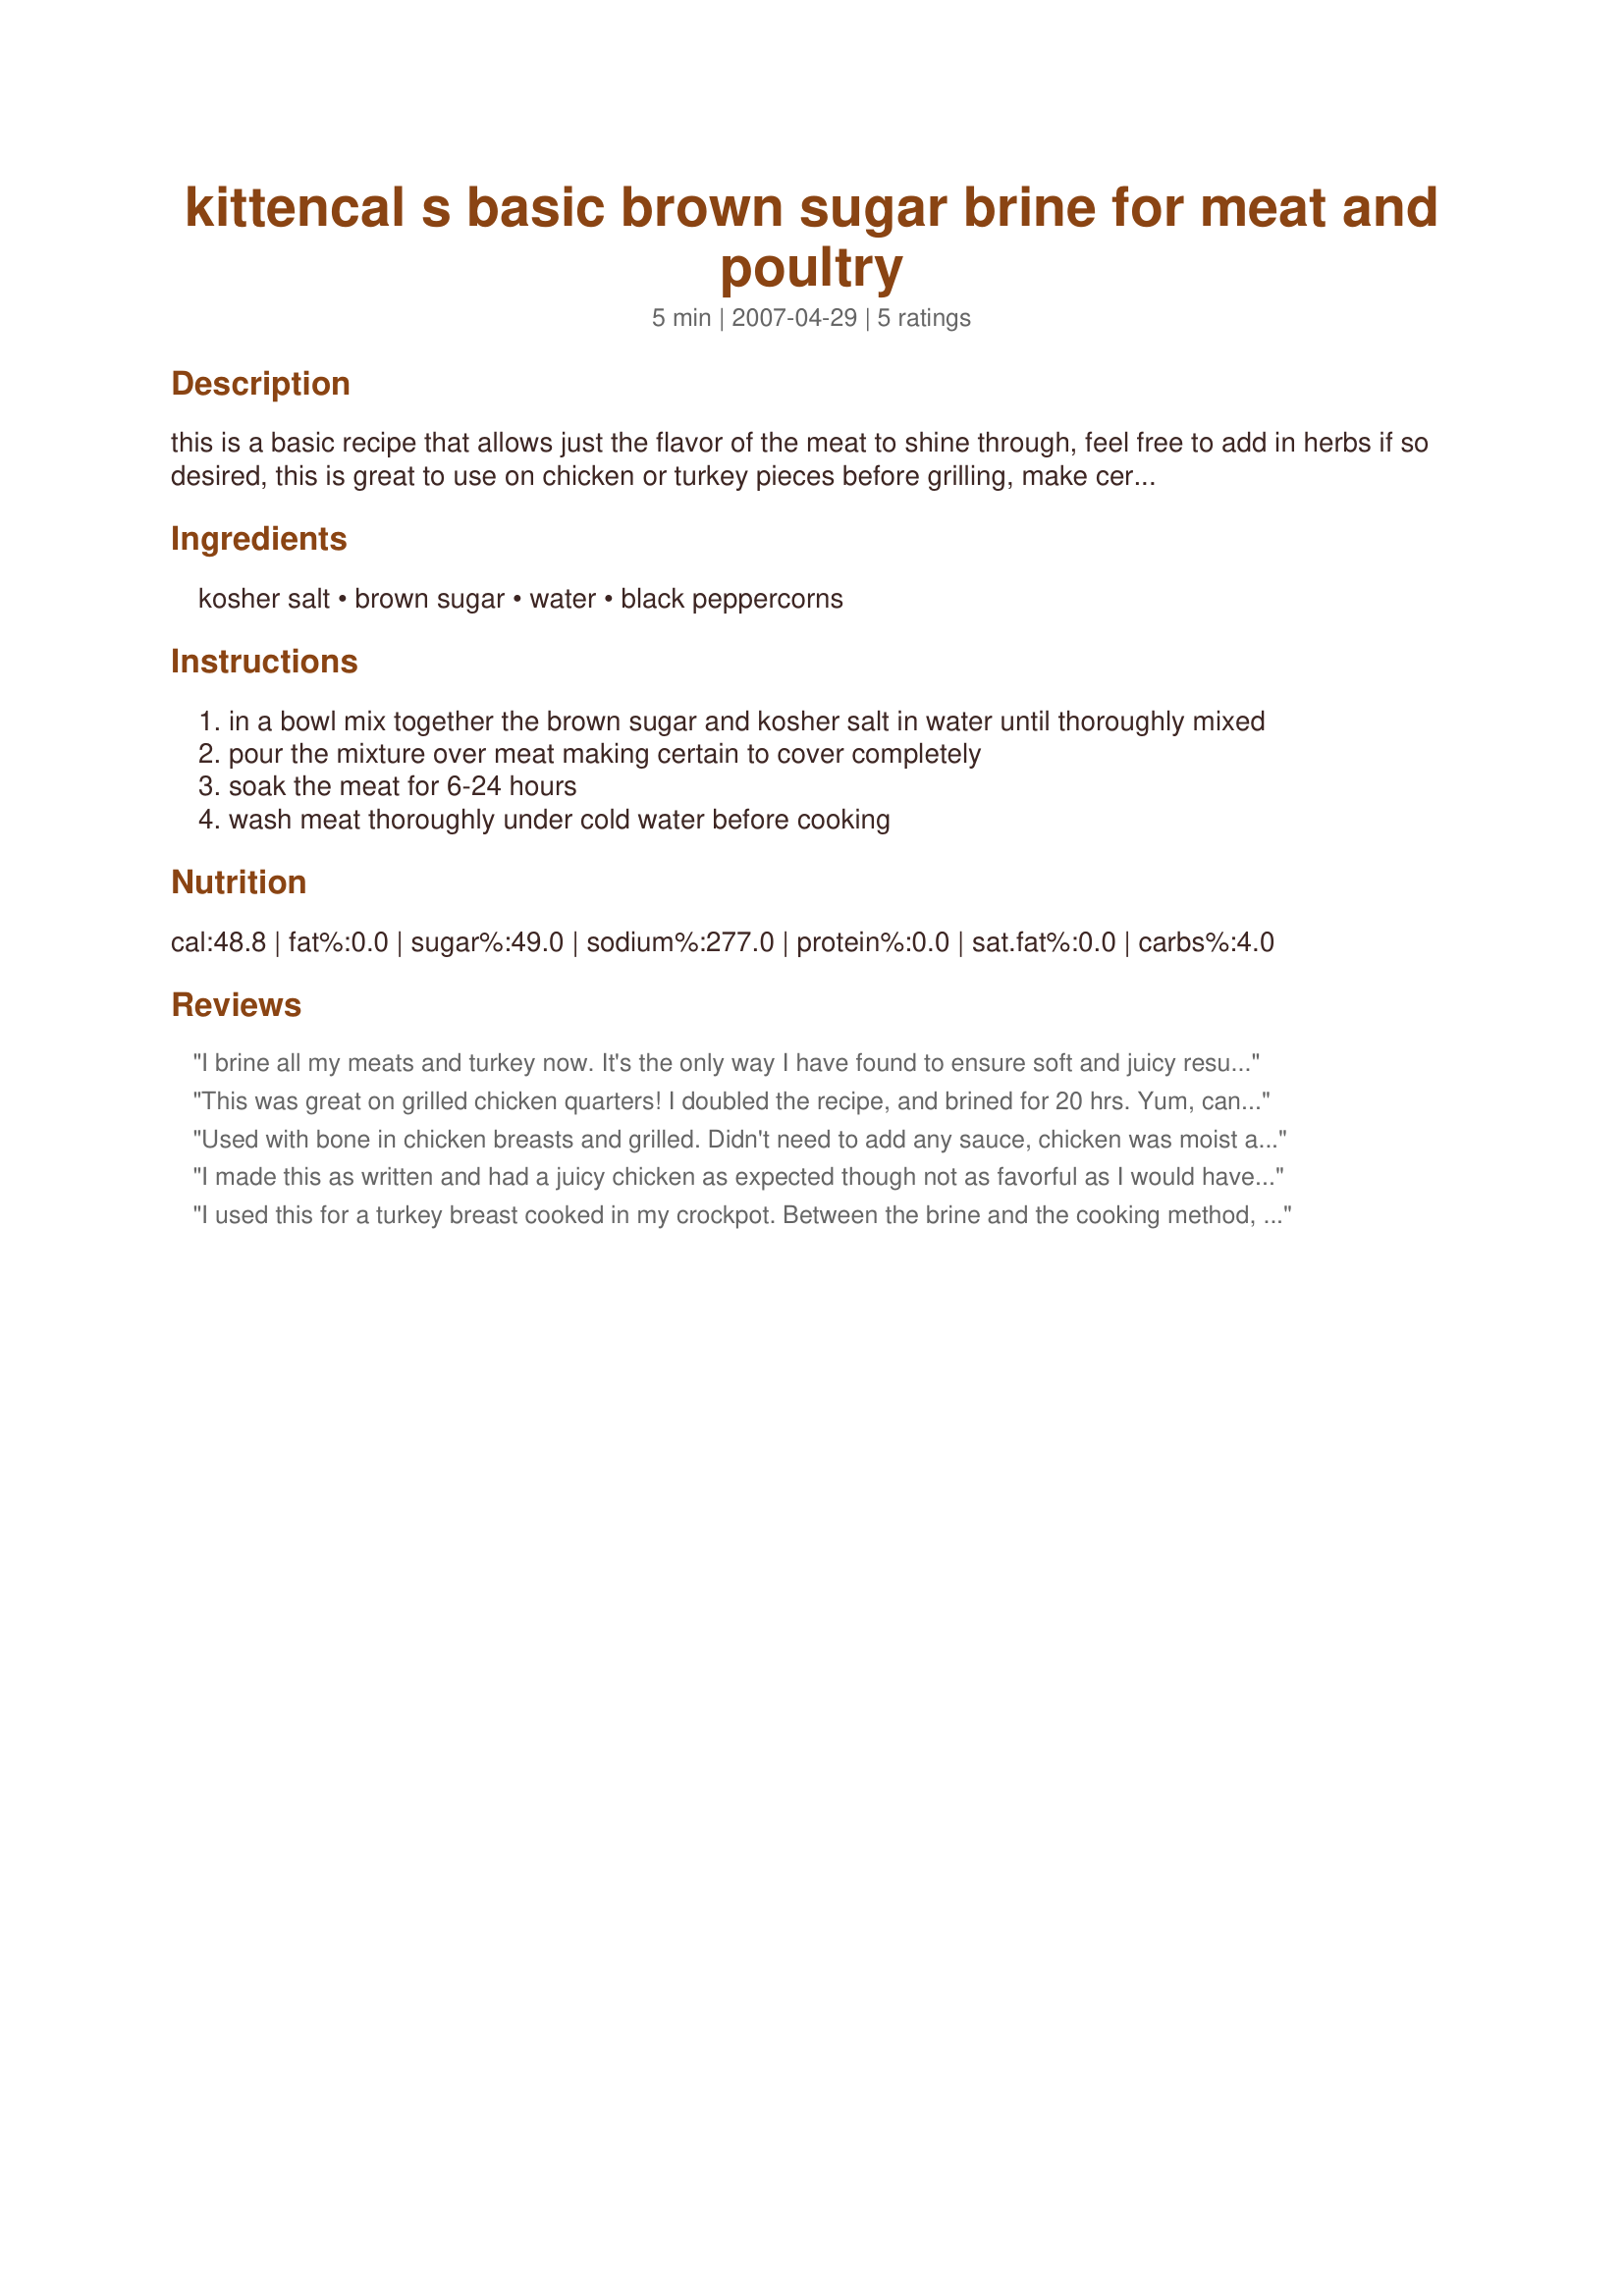
kittencal s basic brown sugar brine for meat and poultry
Preparation time: 5 minutes

this is a basic recipe that allows just the flavor of the meat to shine through, feel free to add in herbs if so desired, this is great to use on chicken or turkey pieces before grilling, make certain that your meat is fully covered in the brine, double or triple the recipe if needed, use kosher salt *only* for this brine

Ingredients:
kosher salt, brown sugar, water, black peppercorns

Steps:
in a bowl mix together the brown sugar and kosher salt in water until thoroughly mixed
pour the mixture over meat making certain to cover completely
soak the meat for 6-24 hours
wash meat thoroughly under cold water before cooking

Reviews:
I brine all my meats and turkey now. It's the only way I have found to ensure soft and juicy results with even cheap, normally tough cuts. This recipe like the others you've posted does the job perfectly. Just a note to all considering brining, it's acts like a tenderizer but I always wash the meat/poultry off before preparing to cook after done brining as the recipe states. Then, prepare with seasonings/sauces as normal. Thanks again Kittencal for litterally teaching me how to cook all these years!
This was great on grilled chicken quarters! I doubled the recipe, and brined for 20 hrs. Yum, can't wait to try it on pork!
Used with bone in chicken breasts and grilled. Didn't need to add any sauce, chicken was moist and delicious. Everyone asked what my "secret" was..thank you for posting!
I made this as written and had a juicy chicken as expected though not as favorful as I would have hoped - that may be the fault of the chicken itself though I suppose. Accordingly I'll give the benefit the benefit of the doubt and rate it a 4 instead of a 3. This recipe is a distant second to Kittencal's other brown sugar brine...will not make this version again.
I used this for a turkey breast cooked in my crockpot. Between the brine and the cooking method, the meat was fabulous. Moist and falling off the bone tender, it will be just perfect for dinner and the sandwiches to come. Thanks!
